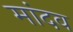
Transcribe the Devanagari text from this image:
मांदव